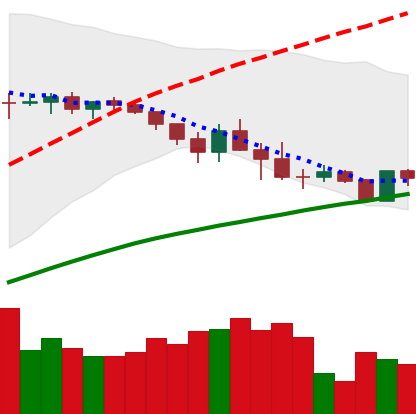
Ticker: ADA-USD
Chart end date: 2019-05-01
Forward return: -3.237%
Label: down_3_5